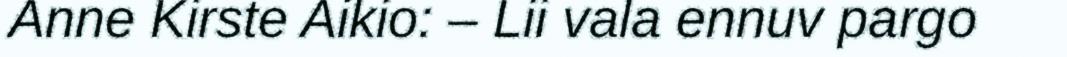
Anne Kirste Aikio: – Lii vala ennuv pargo